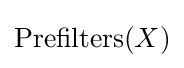
\operatorname {Prefilters} (X)